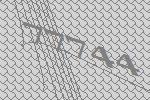
77744